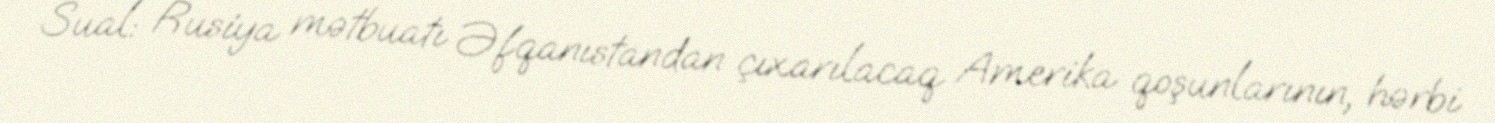
Sual: Rusiya mətbuatı Əfqanıstandan çıxarılacaq Amerika qoşunlarının, hərbi